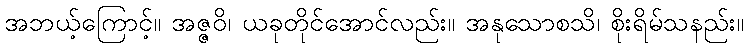
အဘယ့်ကြောင့်။ အဇ္ဇဝိ၊ ယခုတိုင်အောင်လည်း။ အနုသောစသိ၊ စိုးရိမ်သနည်း။